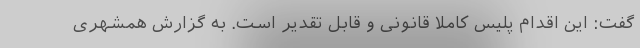
گفت: این اقدام پلیس کاملا قانونی و قابل تقدیر است. به گزارش همشهری